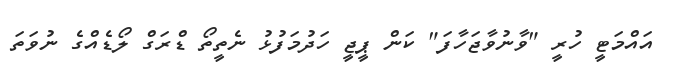
އައްމަޓީ ހުރީ "ވާނުވާޖަހާފަ" ކަން ޕީޖީ ހަދުމަފުޅު ނެތީތޯ ޑްރަގް ލޯޑެއްގެ ނުވަތަ